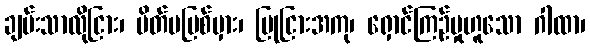
ချမ်းသာလိုငြား၊ မိတ်မပြစ်မှား၊ ပြုငြားအကု၊ ရှောင်ကြဉ်မှုဟူသော ဂါထာ၊